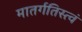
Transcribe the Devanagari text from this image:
मातर्गतिस्त्वं